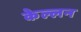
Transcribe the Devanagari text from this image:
केल्लन